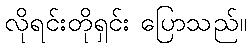
လိုရင်းတိုရှင်း ပြောသည်။